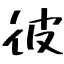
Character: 彼